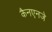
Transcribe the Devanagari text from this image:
कैनएनजे